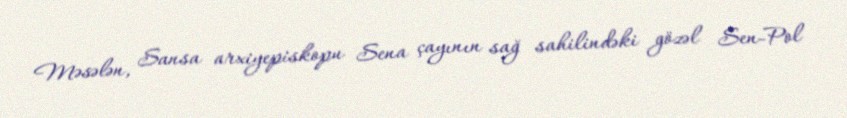
Məsələn, Sansa arxiyepiskopu Sena çayının sağ sahilindəki gözəl Sen-Pol